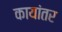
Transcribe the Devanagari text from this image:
कायांतर